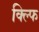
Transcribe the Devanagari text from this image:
क्ल्फि